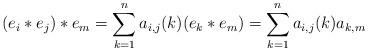
LaTeX: \begin{align*}(e_{i} \ast e_{j}) \ast e_{m} = \sum_{k=1}^{n} a_{i,j}(k)(e_{k} \ast e_{m}) = \sum_{k=1}^{n}a_{i,j}(k)a_{k,m}\end{align*}